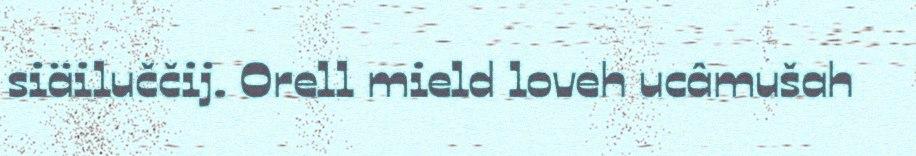
siäiluččij. Orell mield loveh ucâmušah